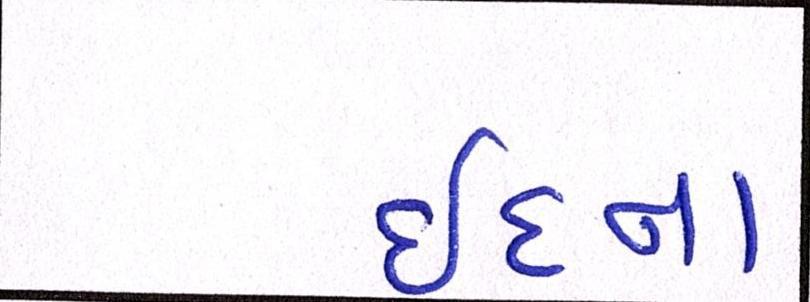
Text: ઈદના